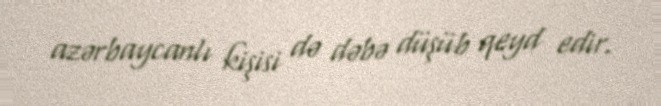
azərbaycanlı kişisi də dəbə düşüb qeyd edir.